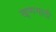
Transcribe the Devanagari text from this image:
खूणगाठी